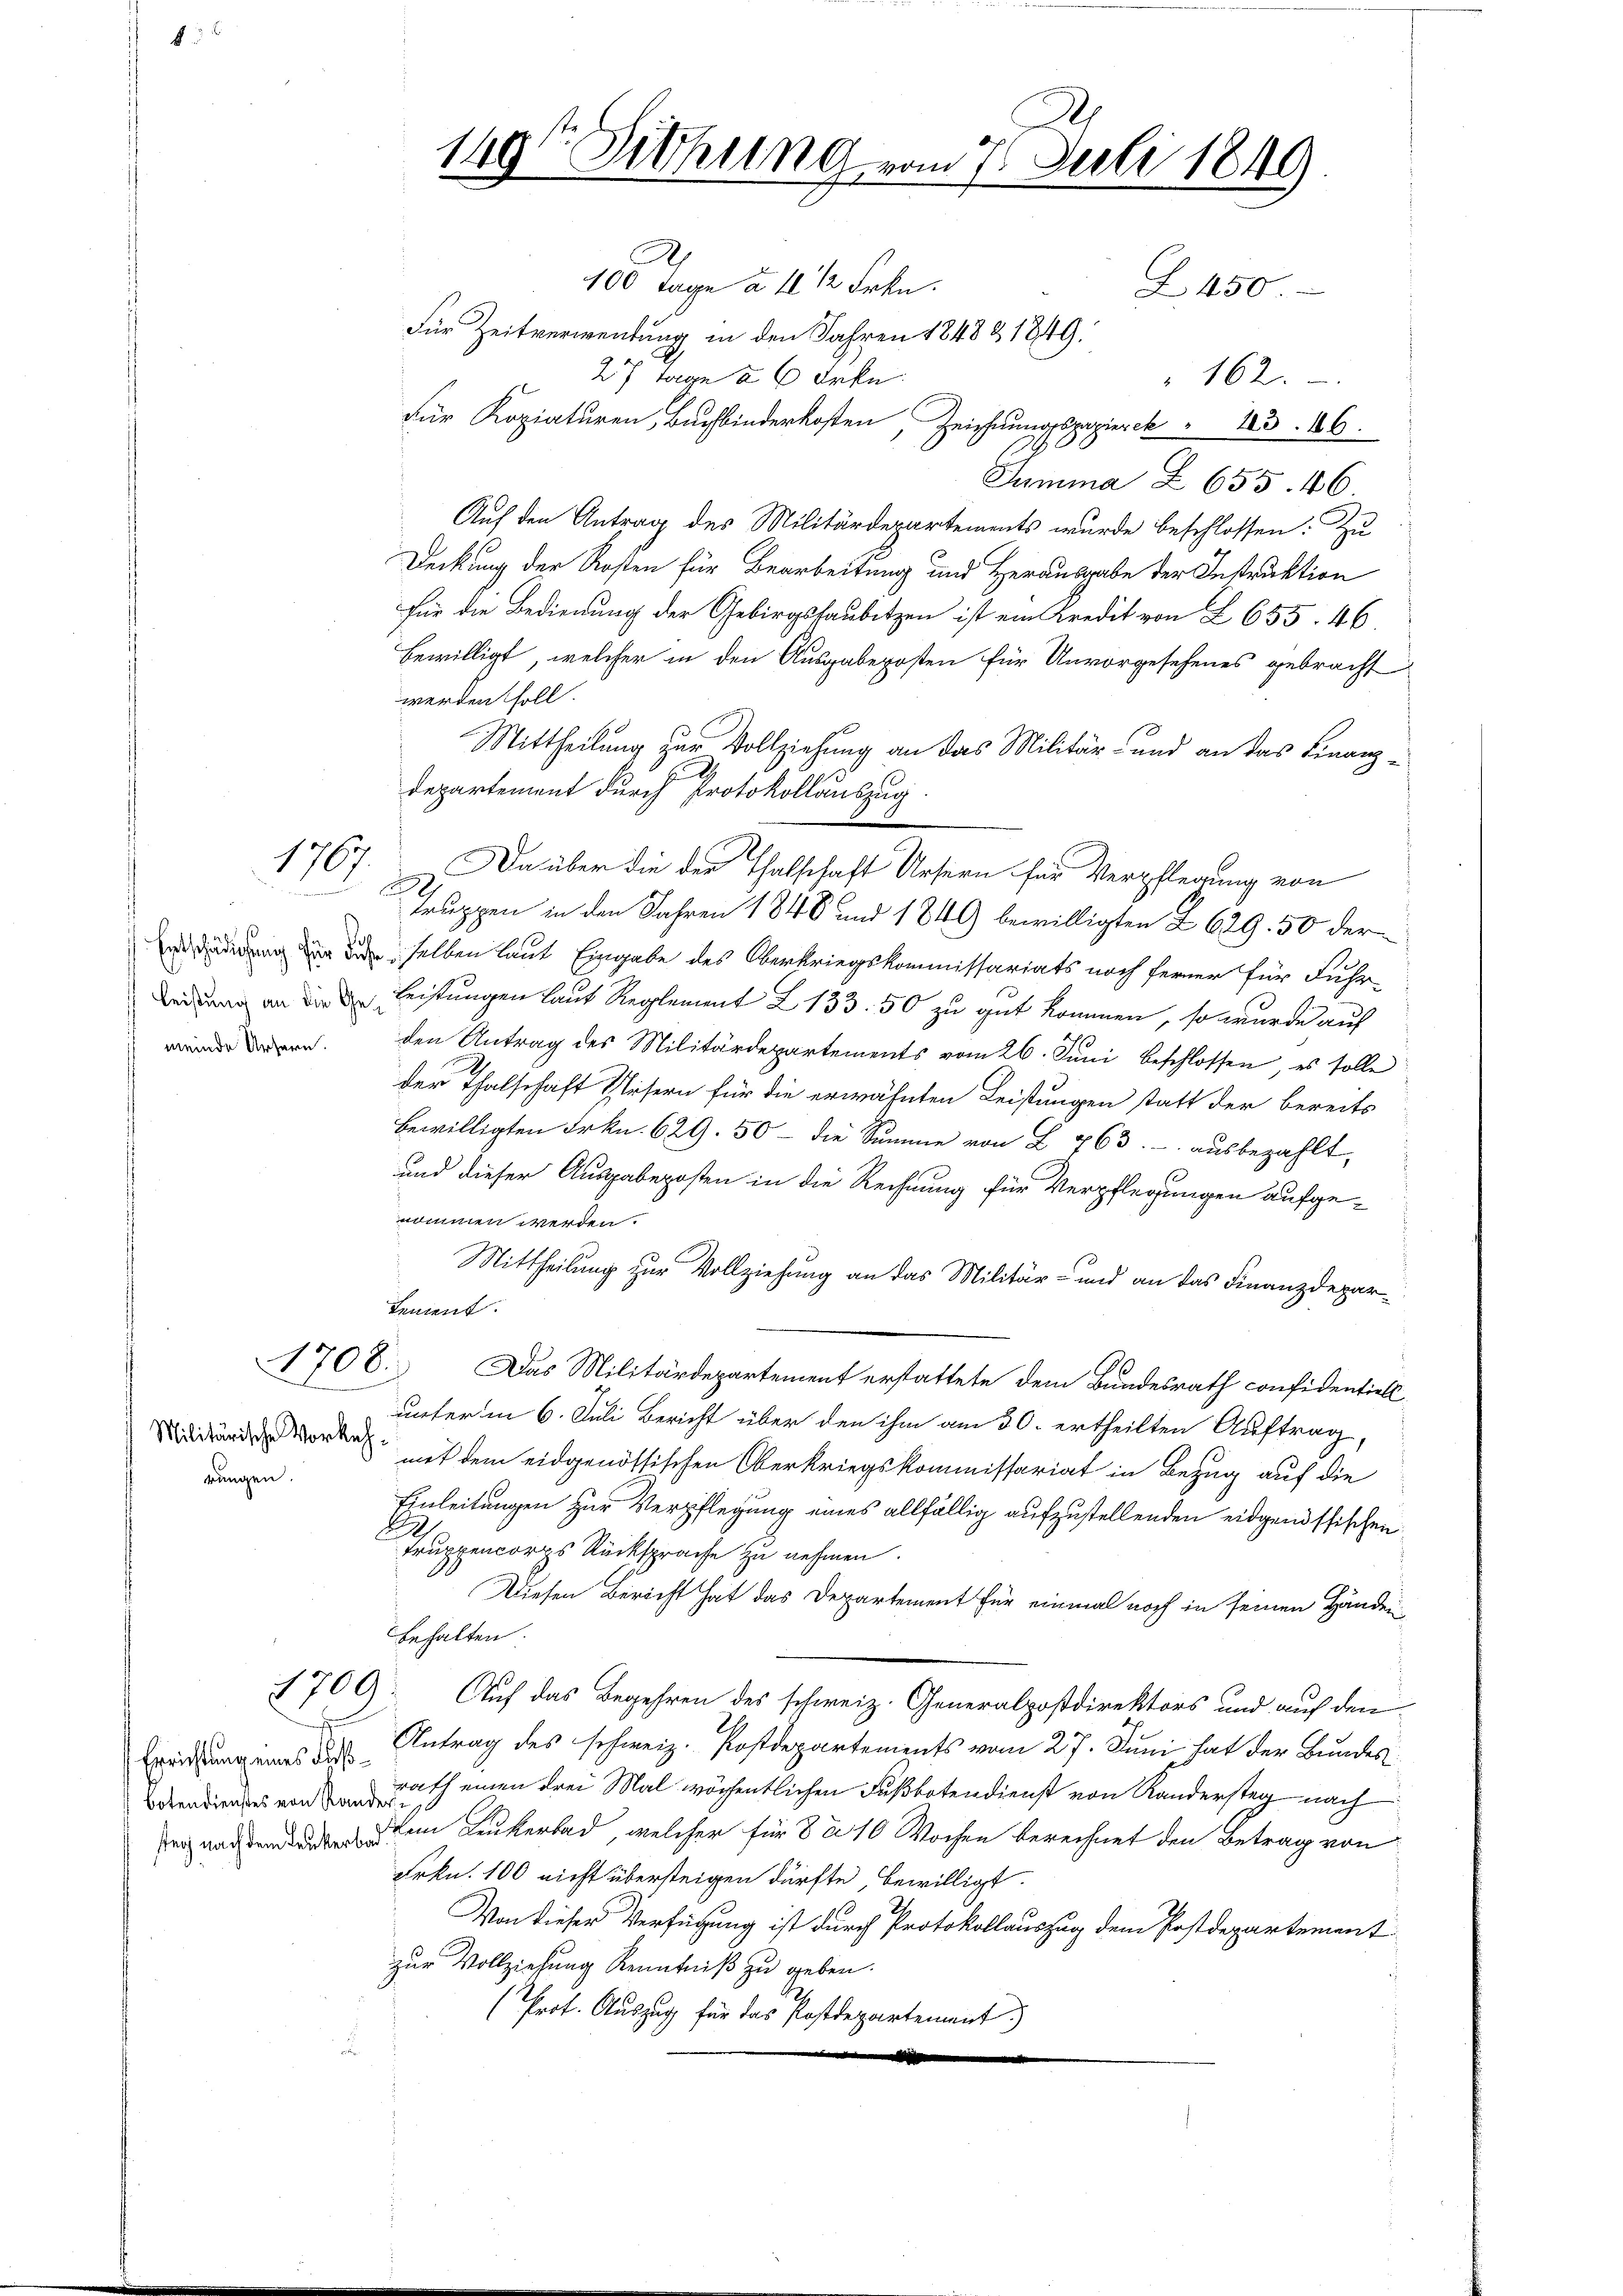
176
8

Leistung an die Ge¬

Militärische Vorkehrungen.

für Kopiaturen, Buchbinderkosten, Zeichnungspazierek " 123. 186
Sumina Z 655. 46
Auf den Antrag des Militärdepartements wurde beschlossen: Zu
Deckung der Rosten für Bearbeitung und Herausgabe der Instruktion
für die Bedienung der Gebirgshaubetzen ist ein Kredit von Z 655. 46.
bewilligt, welcher in den Ausgabeposten für Unvorgesehenes gebracht
werden soll.
Mittheilung zur Vollziehung an das Militär- und an das Finanz-
departement durch Protokollauszug.
truppen in den Jahren 1848 und 1849 bewilligten Z. 629. 50 der
dederung in dieselben laut Eingabe des Oberkriegskommissariats noch ferner für Fuhr-
leistungen laut Reglement Z 133. 50 zu gut kommen, so wurde auf
der odern den Antrag des Militärdepartements vom 26. Juni beschlossen, es solle
der Thalschaft Weisern für die erwähnten Leistungen statt der bereits
bewilligten Frkn. 629. 50 - die Summe von L. 763. - ausbezahlt,
und dieser Ausgabeposten in die Rechnung für Verpflegungen aufgenommen werden.
Mittheilung zur Vollziehung an das Militär- und an das Finanzdepar¬
Lement.
708.
Das Militärdepartement erstattete dem Bundesrath confidentiell
n
unter in 6. Juli Bericht über den ihm am 30. ertheilten Auftrag,
mit dem eidgenössischen Oberkriegskommissariat in Bezug auf die
Einleitungen zur Verpflegung eines allfällig aufzustellenden eidgenössischen
Truppencorps Rücksprache zu nehmen.
Diesen Bericht hat das Departement für einmal noch in seinen Händerbehalten.
1709
Auf das Begehren des schweiz. Generalpostdirektors und auf den
Exeidung ins des Antrag des schweiz. Postdepartements vom 27. Juni hat der Bundes
drentiendes von auch einen drei Mal wöchentlichen Fußbotendienst von Kanderstag nach
Pernachdenen den Kunkerbad, welcher für 8 à 10 Wochen berechnet den Betrag von
Frkn. 100 nicht übersteigen dürfte, bewilligt.
Von dieser Verfügung ist durch Protokollauszug dem Postdepartement
zur Vollziehung Kenntniß zu geben.
(Prof. Auszug für das Postdepartement
.
.

.
149te Sitzung vom 7. Juli 1849
8
100 Tage à 4 1/2 Frkn.
Z 450
Für Zeitverwendung in den Jahren 1848 & 1849.
 27 Tage à 6 Frkn.
162.

Da über die der Thalschaft Ursern für Verpflegung von